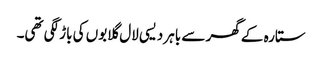
ستارہ کے گھر سے باہر دیسی لال گلابوں کی باڑ لگی تھی۔